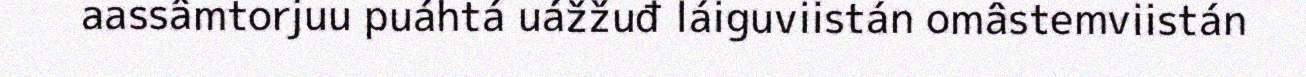
aassâmtorjuu puáhtá uážžuđ láiguviistán omâstemviistán